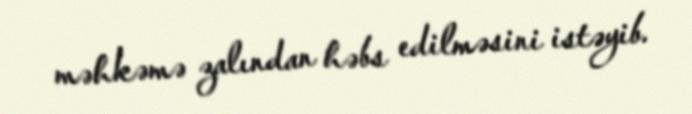
məhkəmə zalından həbs edilməsini istəyib.